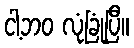
ငါ့ဘဝ လုံခြုံပြီ။